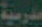
مدرسية